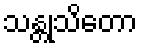
သန္တုသိတော